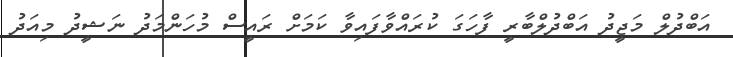
އަބްދުލް މަޖީދު އަބްދުލްބާރީ ފާހަގަ ކުރައްވާފައިވާ ކަމަށް ރައީސް މުހަންމަދު ނަޝީދު މިއަދު